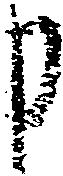
申